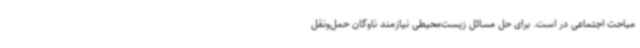
مباحث اجتماعی در است. برای حل مسائل زیست‌محیطی نیازمند ناوگان حمل‌ونقل